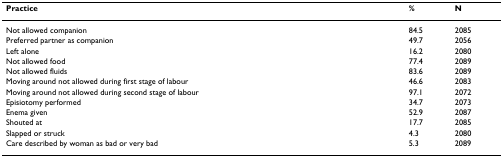
<table><thead><tr><td><b>Practice</b></td><td><b>%</b></td><td><b>N</b></td></tr></thead><tbody><tr><td>Not allowed companion</td><td>84.5</td><td>2085</td></tr><tr><td>Preferred partner as companion</td><td>49.7</td><td>2056</td></tr><tr><td>Left alone</td><td>16.2</td><td>2080</td></tr><tr><td>Not allowed food</td><td>77.4</td><td>2089</td></tr><tr><td>Not allowed fluids</td><td>83.6</td><td>2089</td></tr><tr><td>Moving around not allowed during first stage of labour</td><td>46.6</td><td>2083</td></tr><tr><td>Moving around not allowed during second stage of labour</td><td>97.1</td><td>2072</td></tr><tr><td>Episiotomy performed</td><td>34.7</td><td>2073</td></tr><tr><td>Enema given</td><td>52.9</td><td>2087</td></tr><tr><td>Shouted at</td><td>17.7</td><td>2085</td></tr><tr><td>Slapped or struck</td><td>4.3</td><td>2080</td></tr><tr><td>Care described by woman as bad or very bad</td><td>5.3</td><td>2089</td></tr></tbody></table>